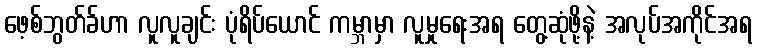
ဖေ့စ်ဘွတ်ခ်ဟာ လူလူချင်း ပုံရိပ်ယောင် ကမ္ဘာမှာ လူမှုရေးအရ တွေ့ဆုံဖို့နဲ့ အလုပ်အကိုင်အရ